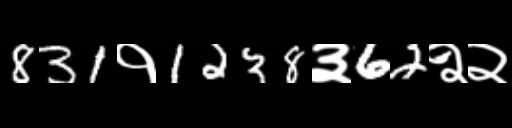
Text: 831१1238३62२२